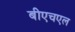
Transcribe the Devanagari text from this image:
बीएचएल